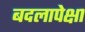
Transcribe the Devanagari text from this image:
बदलापेक्षा